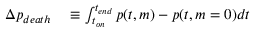
\begin{array} { r l } { \Delta p _ { d e a t h } } & { { } \equiv \int _ { t _ { o n } } ^ { t _ { e n d } } p ( t , m ) - p ( t , m = 0 ) d t } \end{array}